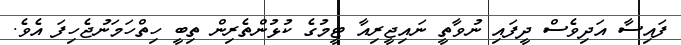
ފައިސާ އަދިވެސް ދީފައި ނުވާތީ ނައިޖީރިއާ ޓީމުގެ ކުޅުންތެރިން ތިބީ ހިތްހަމަނުޖެހިފަ އެވެ.